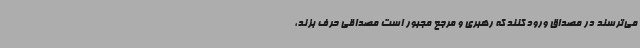
می‌ترسند در مصداق ورود کنند که رهبری و مرجع مجبور است مصداقی حرف بزند،